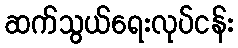
ဆက်သွယ်ရေးလုပ်ငန်း